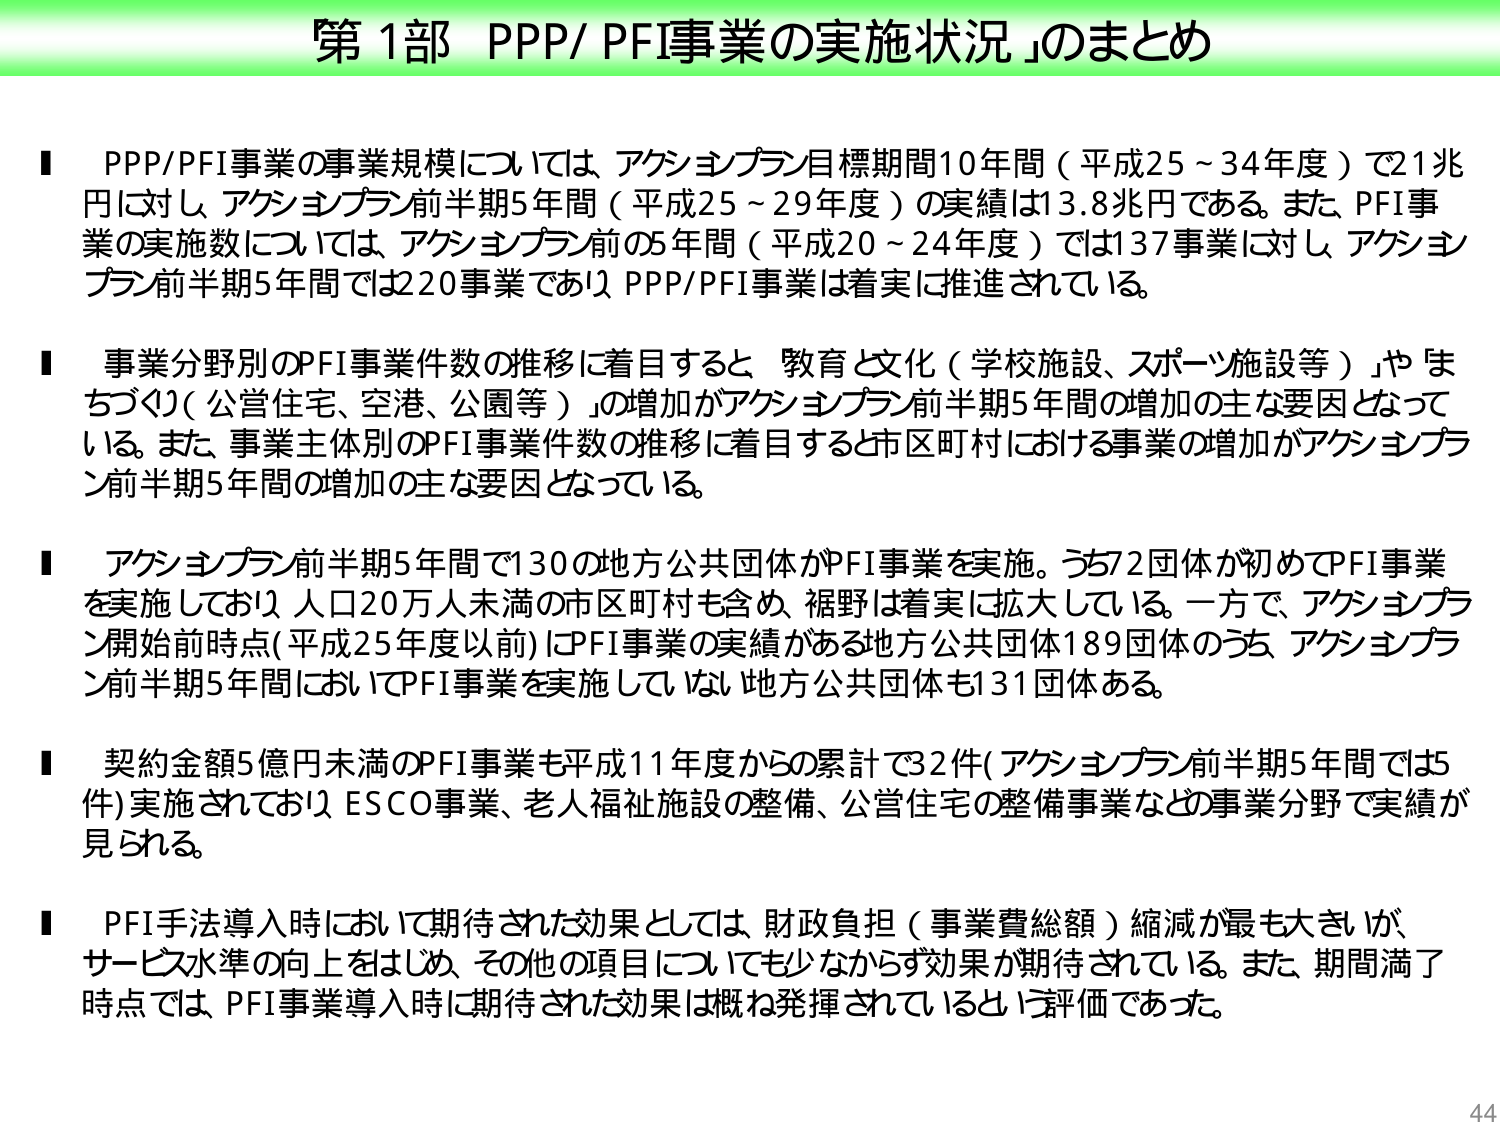
第1部 PPP/PFI事業の実施状況」のまとめ

■ PPP/PFI事業の事業規模については、アクションプラン目標期間10年間（平成25～34年度）で21兆円に対し、アクションプラン前半期5年間（平成25～29年度）の実績は13.8兆円である。また、PFI事業の実施数については、アクションプラン前の5年間（平成20～24年度）では137事業に対し、アクションプラン前半期5年間では220事業であり、PPP/PFI事業は着実に推進されている。

■ 事業分野別のPFI事業件数の推移に着目すると、教育と文化（学校施設、スポーツ施設等）」や「まちづくり（公営住宅、空港、公園等）」の増加がアクションプラン前半期5年間の増加の主な要因となっている。また、事業主体別のPFI事業件数の推移に着目すると、市区町村における事業の増加がアクションプラン前半期5年間の増加の主な要因となっている。

■ アクションプラン前半期5年間で130の地方公共団体がPFI事業を実施。うち72団体が初めてPFI事業を実施しており、人口20万人未満の市区町村も含め、裾野は着実に拡大している。一方で、アクションプラン開始前時点（平成25年度以前）にPFI事業の実績がある地方公共団体189団体のうち、アクションプラン前半期5年間においてPFI事業を実施していない地方公共団体も131団体ある。

■ 契約金額5億円未満のPFI事業も平成11年度からの累計で32件（アクションプラン前半期5年間では5件）実施されており、ESCO事業、老人福祉施設の整備、公営住宅の整備事業などの事業分野で実績が見られる。

■ PFI手法導入時において期待された効果としては、財政負担（事業費総額）縮減が最も大きいが、サービス水準の向上をはじめ、その他の項目についても少なからず効果が期待されている。また、期間満了時点では、PFI事業導入時に期待された効果は概ね発揮されているという評価であった。

44